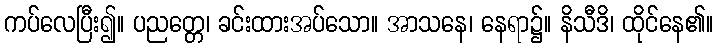
ကပ်လေပြီး၍။ ပညတ္တေ၊ ခင်းထားအပ်သော။ အာသနေ၊ နေရာ၌။ နိသီဒိ၊ ထိုင်နေ၏။